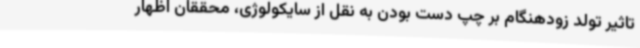
تاثیر تولد زودهنگام بر چپ دست بودن به نقل از سایکولوژی، محققان اظهار